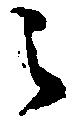
之